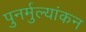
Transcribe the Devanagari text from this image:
पुनर्मुल्यांकन